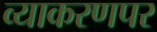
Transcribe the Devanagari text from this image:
व्याकरणपर